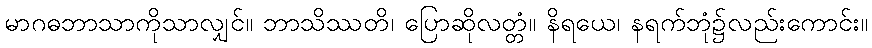
မာဂဓဘာသာကိုသာလျှင်။ ဘာသိဿတိ၊ ပြောဆိုလတ္တံ။ နိရယေ၊ နရက်ဘုံ၌လည်းကောင်း။